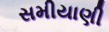
સમીયાણી